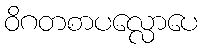
ဝိဂတစာပလ္လောပေ